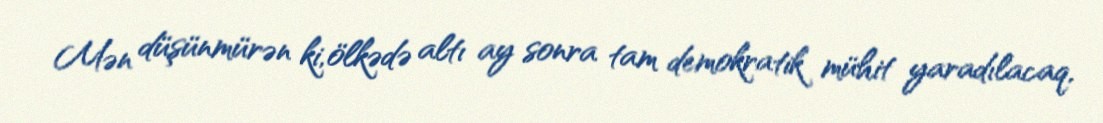
Mən düşünmürən ki, ölkədə altı ay sonra tam demokratik mühit yaradılacaq,